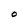
Character: O